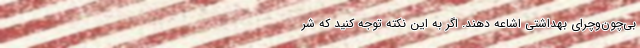
بی‌چون‌و‌چرای بهداشتی اشاعه دهند. اگر به این نکته توجه کنید که شر